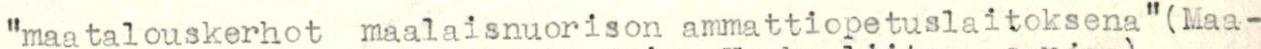
"maatalouskerhot maalaisnuorison ammattiopetuslaitoksena"(Maa-